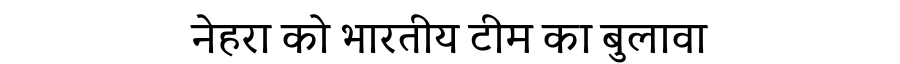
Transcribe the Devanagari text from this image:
नेहरा को भारतीय टीम का बुलावा